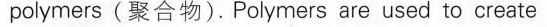
polymers(聚合物).Polymers are used to create